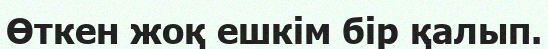
Өткен жоқ ешкім бір қалып.